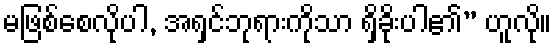
မဖြစ်စေလိုပါ, အရှင်ဘုရားကိုသာ ရှိခိုးပါ၏” ဟူလို။